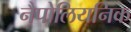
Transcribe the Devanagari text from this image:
नैपोलियनिक